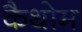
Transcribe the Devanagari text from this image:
कैथोम